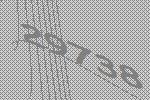
29738